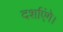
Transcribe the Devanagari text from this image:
दर्शाएंगे।